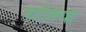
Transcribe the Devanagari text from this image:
राज़िया